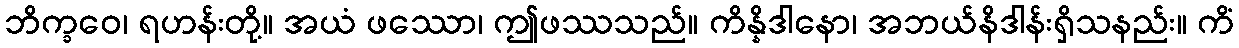
ဘိက္ခဝေ၊ ရဟန်းတို့။ အယံ ဖဿော၊ ဤဖဿသည်။ ကိန္နိဒါနော၊ အဘယ်နိဒါန်းရှိသနည်း။ ကိံ